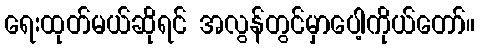
ရေးထုတ်မယ်ဆိုရင် အလွန်တွင်မှာပေါ့ကိုယ်တော်။